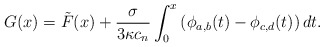
\begin{align*}G (x) = \tilde{F} (x) + \frac{\sigma}{3\kappa c_n} \int_0^x \left( \phi_{a,b}(t) - \phi_{c,d}(t) \right) dt.\end{align*}